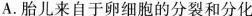
A.胎儿来自于卵细胞的分裂和分化